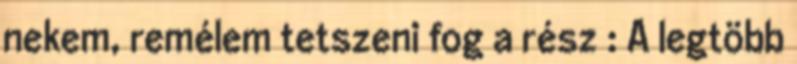
nekem, remélem tetszeni fog a rész : A legtöbb